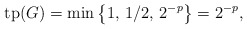
\begin{align*}\mathrm{tp}(G) = \min\left\{1,\, 1/2, \,2^{-p}\right\} = 2^{-p},\end{align*}